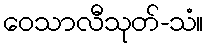
ဝေသာလီသုတ်-သံ။